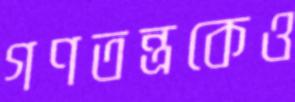
গণতন্ত্রকেও